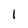
Character: 1